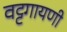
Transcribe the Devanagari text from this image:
वट्टगायणी